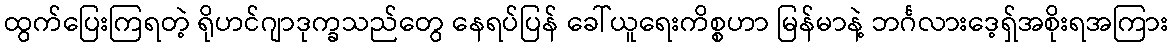
ထွက်ပြေးကြရတဲ့ ရိုဟင်ဂျာဒုက္ခသည်တွေ နေရပ်ပြန် ခေါ်ယူရေးကိစ္စဟာ မြန်မာနဲ့ ဘင်္ဂလားဒေ့ရ်ှအစိုးရအကြား